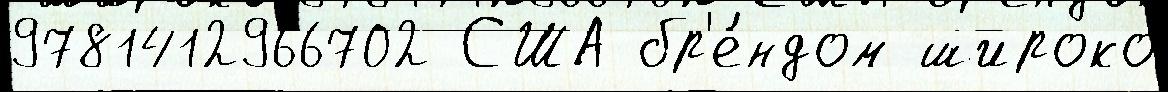
9781412966702 США бр'е́ндом широко